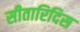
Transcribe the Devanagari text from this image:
सीतारिदिस